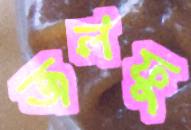
জলফু